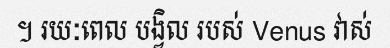
។ រយៈពេល បង្វិល របស់ Venus វាស់